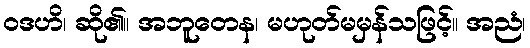
ဝဒဟိ၊ ဆို၏။ အဘူတေန၊ မဟုတ်မမှန်သဖြင့်။ အညံ၊